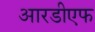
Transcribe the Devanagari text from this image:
आरडीएफ